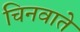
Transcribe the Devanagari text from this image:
चिनवाते